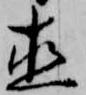
直